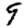
Digit: 9